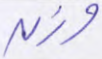
وزن